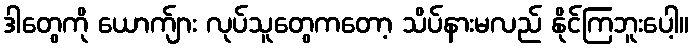
ဒါတွေကို ယောက်ျား လုပ်သူတွေကတော့ သိပ်နားမလည် နိုင်ကြဘူးပေါ့။